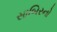
સાબિરનો